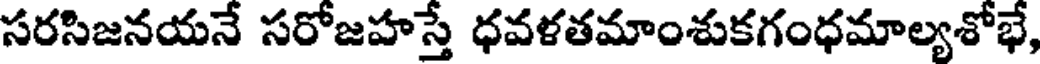
సరసిజనయనే సరోజహస్తే ధవళతమాంశుకగంధమాల్యశోభే,